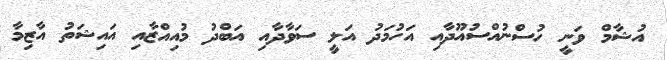
އުޝާމް ވަނީ ހުސްނުއްސުއޫދާއި އަހުމަދު އަލީ ސަވާދާއި އަބްދު މުއިއްޒާއި އައިޝަތު އާޒިމާ